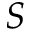
{ \cal S }